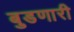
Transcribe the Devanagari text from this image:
बुडणारी